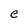
Character: e